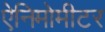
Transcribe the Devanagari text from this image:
ऐनिमोमीटर